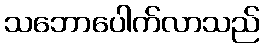
သဘောပေါက်လာသည်